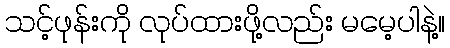
သင့်ဖုန်းကို လုပ်ထားဖို့လည်း မမေ့ပါနဲ့။